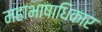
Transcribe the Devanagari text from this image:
महाभाषाधिकार